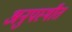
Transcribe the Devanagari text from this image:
अनुपस्थीत